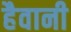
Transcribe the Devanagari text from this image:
हैवानी